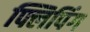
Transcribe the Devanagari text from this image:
फ्लिपिंग